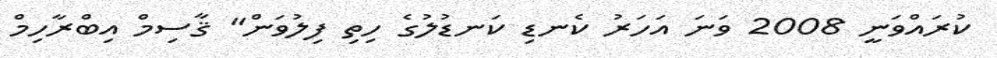
ކުރައްވަނީ 2008 ވަނަ އަހަރު ކެނޑި ކަނޑުލުގެ ހިތި ފިލުވަން" ޤާސިމް އިބްރާހިމް